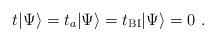
LaTeX: \begin{align*}t|\Psi \rangle = t_a | \Psi \rangle = t_{\rm BI}| \Psi \rangle =0 \ .\end{align*}